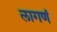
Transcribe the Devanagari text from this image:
लागणं